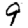
Digit: 9